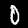
Digit: 0